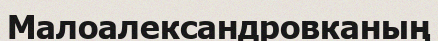
Малоалександровканың